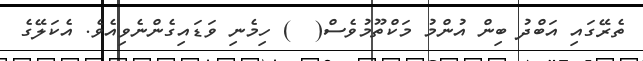
ތެރޭގައި އަބްދު ބިން އުންމު މަކްތޫމުވެސް(  ) ހިމެނި ވަޑައިގެންނެވިއެވެ. އެކަލޭގެ